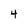
Character: 4